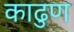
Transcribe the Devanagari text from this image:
काढुण